Indian Medical Review
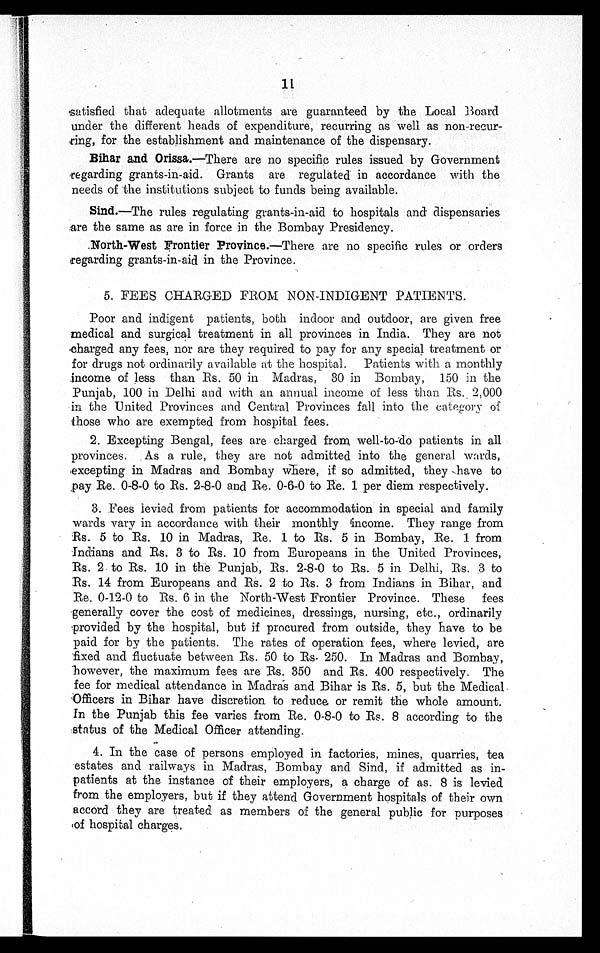
11
S a t i s f i e d t h a t a d e q u a t e a l l o t m e n t s a r e g u a r a n t e e d b y t h e L o c a l B o a r d
under the different heads of expenditure, recurring as well as non recur
- r i n g , f o r t h e e s t a b l i s h m e n t a n d m a i n t e n a n c e o f t h e d i s p e n s a r y .
Bihar and Orissa.—There are no specific rules issued by Government
regarding grants-in-aid. Grants are regulated in accordance with the
needs of the institutions subject to funds being available.
Sind.—The rules regulating grants-in-aid to hospitals and dispensaries
are the same as are in force in the Bombay Presidency.
North-West Frontier Province.—There are no specific rules or orders
regarding grants-in-aid in the Province.
5. FEES CHARGED FROM NON-INDIGENT PATIENTS.
Poor and indigent patients, both indoor and outdoor, are given free
medical and surgical treatment in all provinces in India. They are not
charged any fees, nor are they required to pay for any special treatment or
for drugs not ordinarily available at the hospital. Patients with a monthly
income of less than Rs. 50 in Madras, 30 in Bombay, 150 in the
Punjab, 100 in Delhi and with an annual income of less than Rs. 2,000
in the United Provinces and Central Provinces fall into the category of
those who are exempted from hospital fees.
2. Excepting Bengal, fees are charged from well-to-do patients inall
provinces. As a rule, they are not admitted into the general wards,
excepting in Madras and Bombay where, if so admitted, they have to
pay Re. 0-8-0 to Rs. 2-8-0 and Re. 0-6-0 to Re. 1 per diem respectively.
3. Fees levied from patients for accommodation in special and family
wards vary in accordance with their monthly income. They range from
Rs. 5 to Rs. 10 in Madras, Re. 1 to Rs. 5 in Bombay, Re. 1 from
Indians and Rs. 3 to Rs. 10 from Europeans in the United Provinces,
Rs. 2 to Rs. 10 in the Punjab, Rs. 2-8-0 to Rs. 5 in Delhi, Rs. 3 to
Rs. 14 from Europeans and Rs. 2 to Rs. 3 from Indians in Bihar, and
Re. 0-12-0 to Rs. 6 in the North-West Frontier Province. These fees
generally cover the cost of medicines, dressings, nursing, etc., ordinarily
provided by the hospital, but if procured from outside, they have to be
paid for by the patients. The rates of operation fees, where levied, are
fixed and fluctuate between Rs. 50 to Rs. 250. In Madras and Bombay,
however, the maximum fees are Rs. 350 and Rs. 400 respectively. The
fee for medical attendance in Madras and Bihar is Rs. 5, but the Medical
Officers in Bihar have discretion to reduce or remit the whole amount.
In the Punjab this fee varies from Re. 0-8-0 to Rs. 8 according to the
status of the Medical Officer attending.
4. In the case of persons employed in factories, mines, quarries, tea
estates and railways in Madras, Bombay and Sind, if admitted asin
-patients at the instance of their employers, a charge of as. 8 is levied
from the employers, but if they attend Government hospitals of their own
accord they are treated as members of the general public for purposes
of hospital charges.